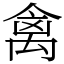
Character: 禽